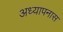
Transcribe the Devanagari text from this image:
अध्यापनास